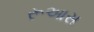
રૂઆસ